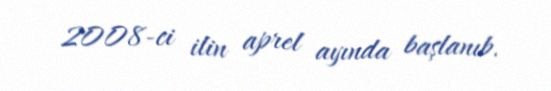
2008-ci ilin aprel ayında başlanıb.